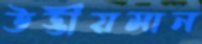
উড্ডীয়মান